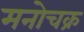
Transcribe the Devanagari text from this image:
मनोचक्र